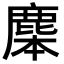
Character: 𪊜